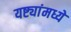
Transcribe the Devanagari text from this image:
यष्ट्यांमध्ये